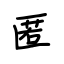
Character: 匿